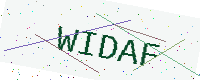
Text: WIDAF